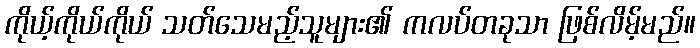
ကိုယ့်ကိုယ်ကိုယ် သတ်သေမည့်သူများ၏ ကလပ်တခုသာ ဖြစ်လိမ့်မည်။